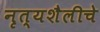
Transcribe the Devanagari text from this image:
नृत्यशैलीचे